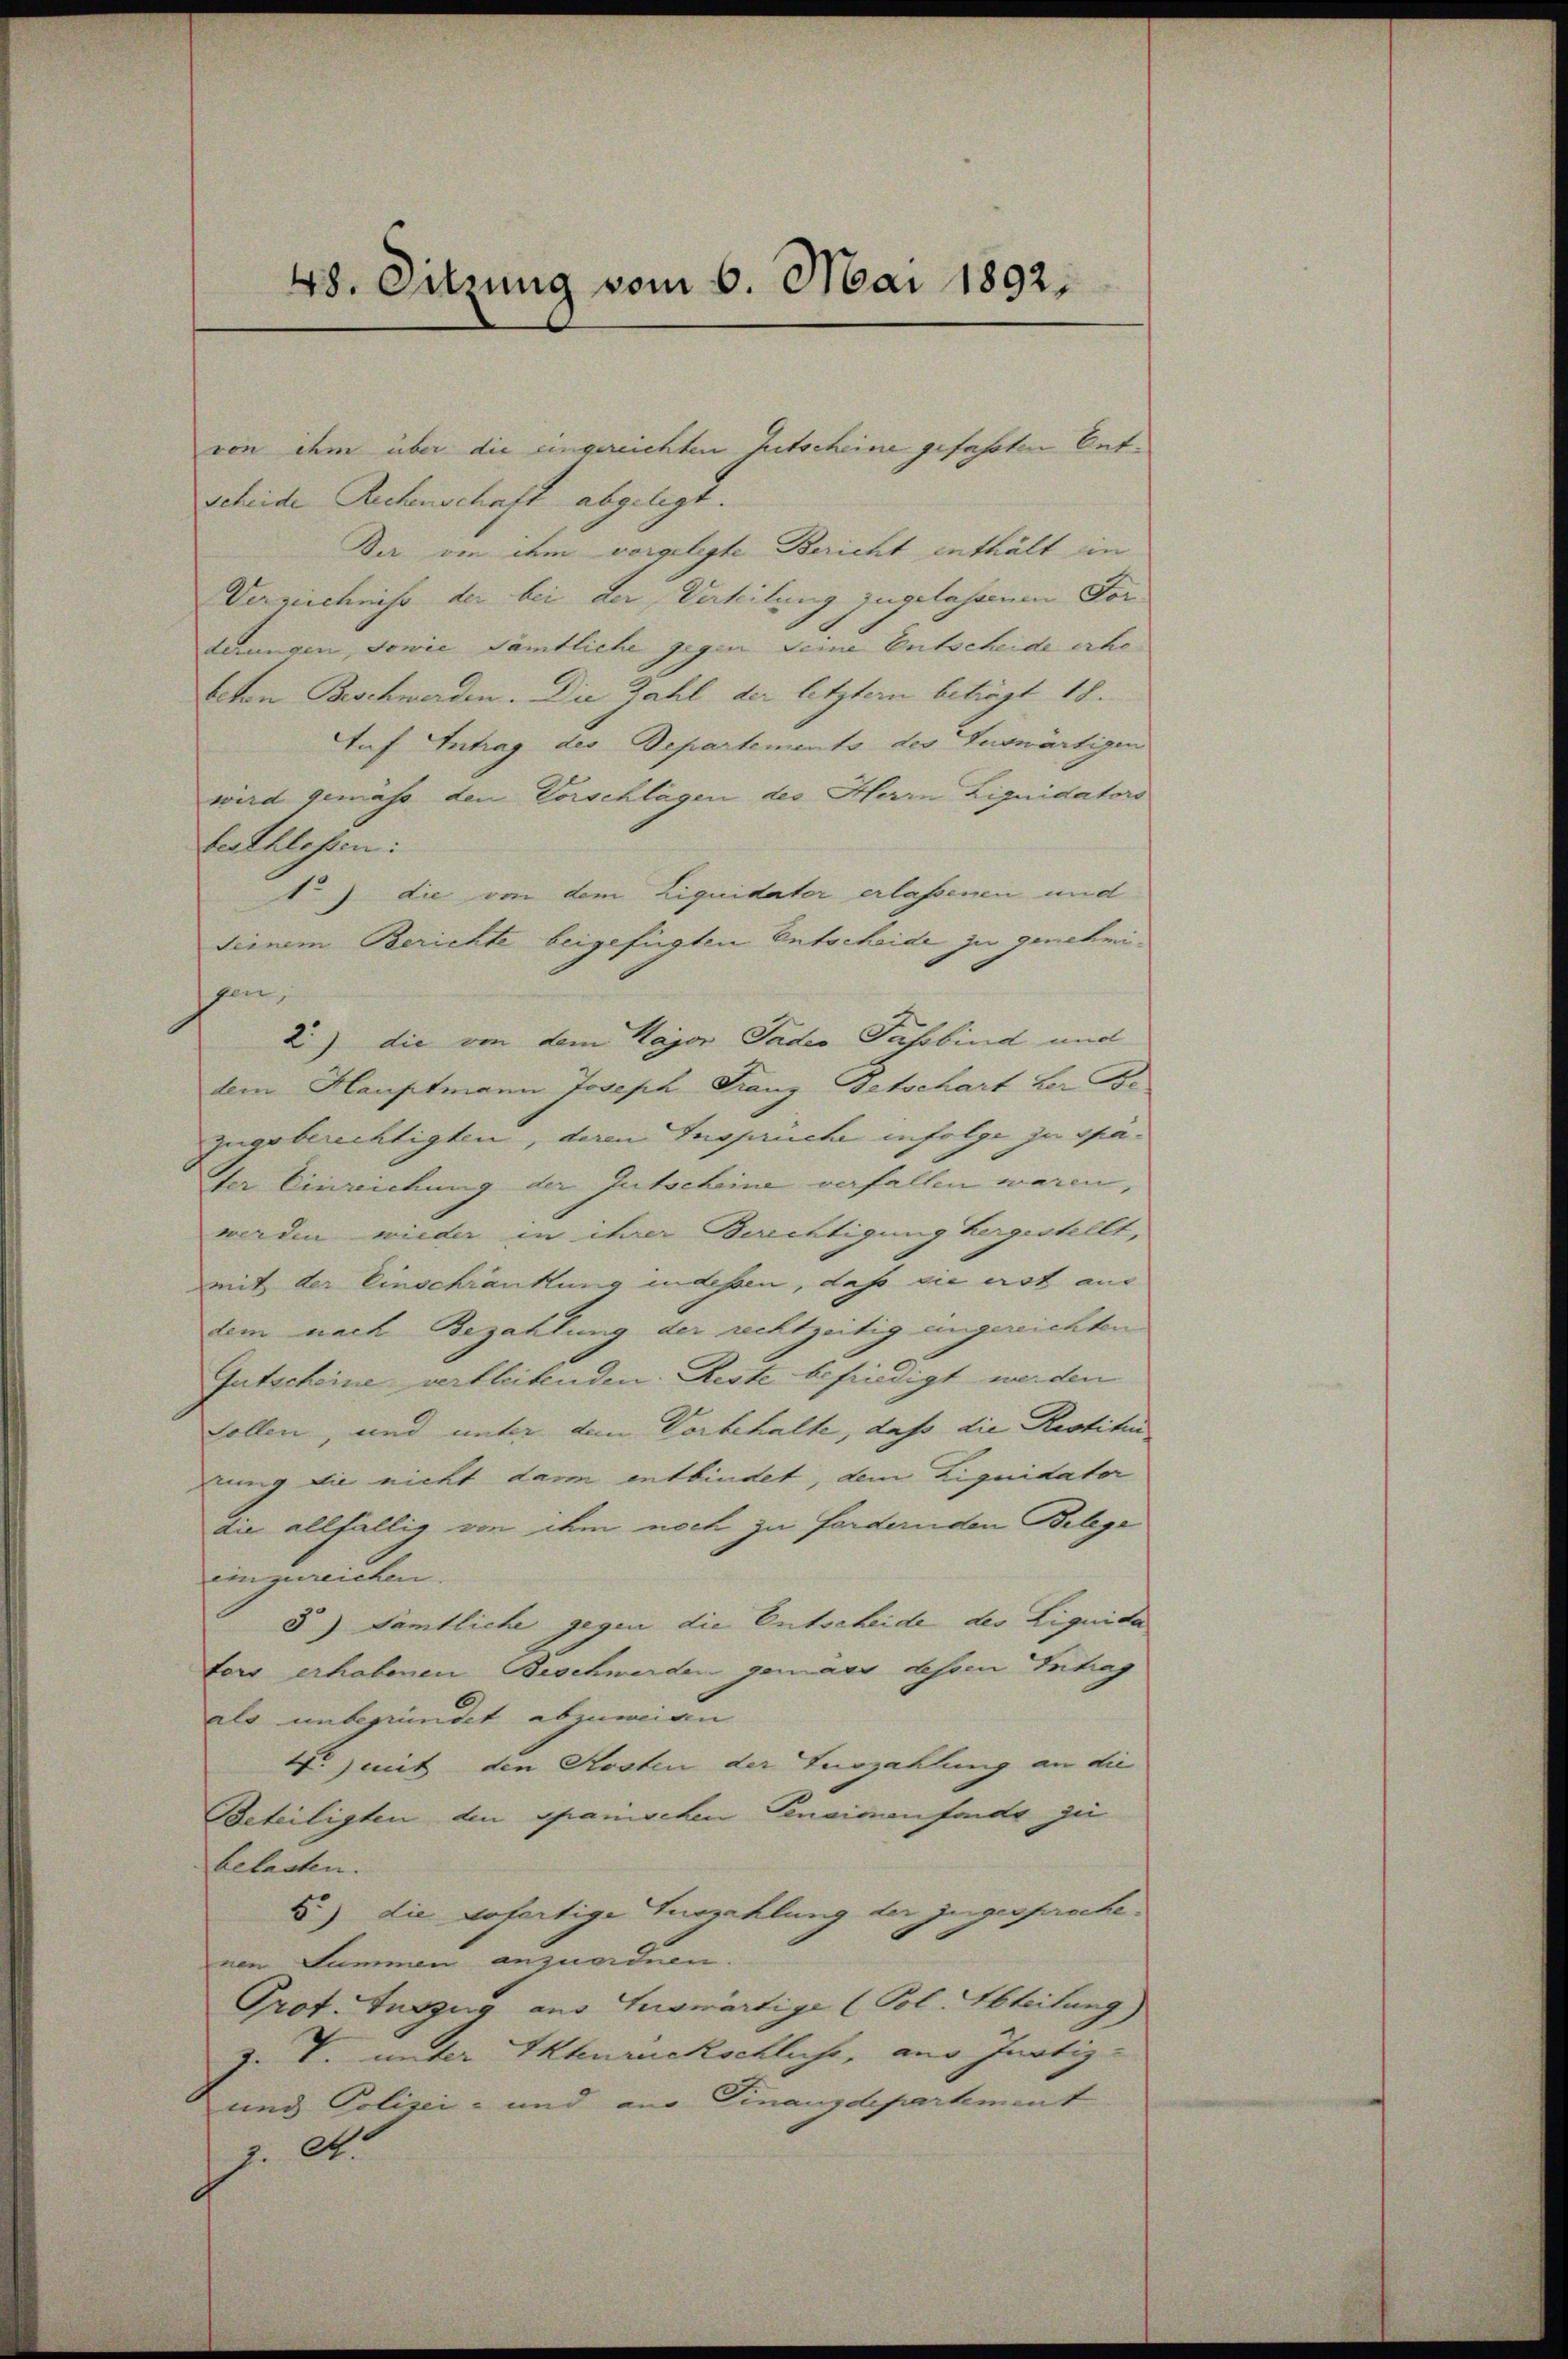
48. Sitzung vom 6. Mai 1892.

von ihm über die eingereichten Gutscheine gefahrten Entscheide Rechenschaft abgelegt.
Der von dem vorgelegte Bericht enthält in
Verzeichniss der bei der Verhilung zugelassenen Fordirungen, sowie sämtliche gegen Deine Entscheide erhobeten Beschwerden. Die Zahl der letztern beträgt 18.
tuf Antrag des Departements des Zuswärtigen
wird gemass den Vorschlagen des Herrn Liquidators
beschlossen:
1.) die von dem Liquidater erlassenen und
deinem Berichte beigefügten Entscheide zu genehmigen,
2.) die von dem Kajor Pader Fassbind und
dem Hauptmann Joseph Franz Betschart der Be-
zugeberichtigten, deren Inspruche infolge zu späfer Einreichung der Gutscheine verfallen waren,
werden wieder in ihrer Berichtigung hergestellt,
mit der Einschränkung indessen, dass sie erst aus
dem nach Bezahlung der rechtzeitig angereichten
Gutscheine verbleibenden Reste befindigt werden
sollen, und unter den Vorbehalte, daß die Restitu
dung die nicht darin entbindet, dem Liquidater
die allfällig von ihm noch zu fordernden Belege
einzureichen.
5) Sämtliche gegen die Entscheide der Liquida
tors erhobenen Beschwerden gemäss dessen Intrag
als unbegründet abzuwen
T. mit den Kosten der Zurzahlung an die
Beteiligten den spanischen Genaicenfonde zu
belasten.
8) die gefertige Zurzahlung der zugesprochenen Summen anzuordnen.
Prof. Tuszug aus Auswärtige (Pol. Abteilung)
J. V. unter Aktenrückschliche, aus Inotiz¬
und Polizei- und aus Finanzdepartement
z. S.